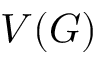
V ( G )